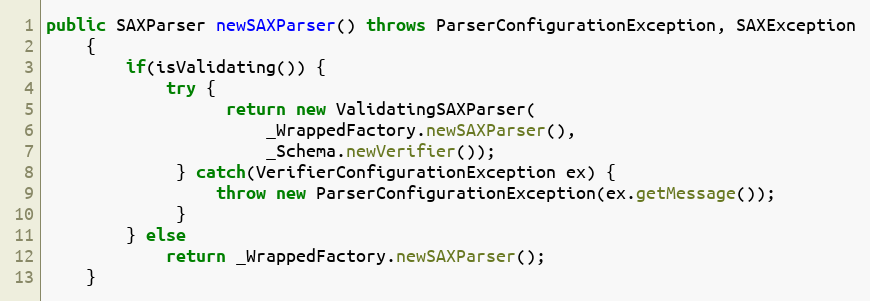
Language: Java
public SAXParser newSAXParser() throws ParserConfigurationException, SAXException
    {
        if(isValidating()) {
            try {
                  return new ValidatingSAXParser(
                      _WrappedFactory.newSAXParser(),
                      _Schema.newVerifier());
             } catch(VerifierConfigurationException ex) {
                 throw new ParserConfigurationException(ex.getMessage());
             }
        } else
            return _WrappedFactory.newSAXParser();
    }